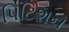
પિટિશન